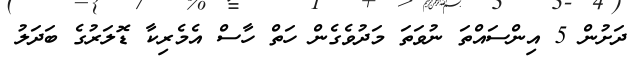
ދަށުން 5 އިންސައްތަ ނުވަތަ މަދުވެގެން ހަތް ހާސް އެމެރިކާ ޑޮލަރުގެ ބަދަލު